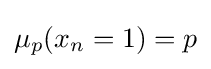
\mu _{p}(x_{n}=1)=p